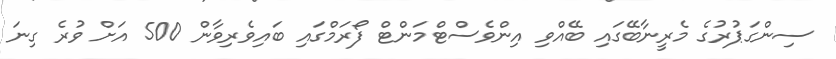
ސިންގަޕުރުގެ މެރީނާބޭގައި ބޭއްވި އިންވެސްޓްމަންޓް ފޯރަމްގައި ބައިވެރިވާން 500 އަށް ވުރެ ގިނަ